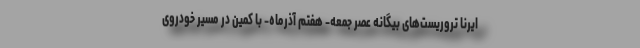
ایرنا تروریست‌های بیگانه عصر جمعه- هفتم آذرماه- با کمین در مسیر خودروی